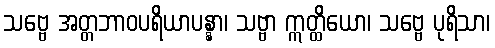
သဗ္ဗေ အတ္တဘာဝပရိယာပန္နာ၊ သဗ္ဗာ ဣတ္ထိယော၊ သဗ္ဗေ ပုရိသာ၊